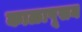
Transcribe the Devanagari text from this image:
काळापूसन